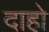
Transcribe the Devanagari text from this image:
दाहो